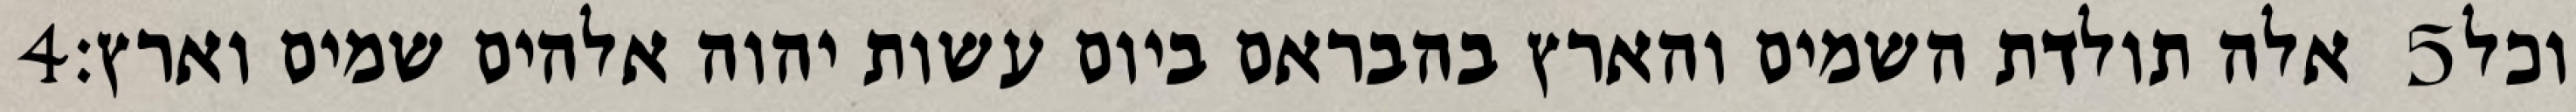
‎4‏ אלה תולדת השמים והארץ בהבראם ביום עשות יהוה אלהים שמים וארץ׃ ‎5‏ וכל